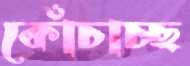
কোঁচাচ্ছ